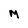
Character: M